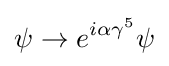
\psi \rightarrow e^{i\alpha \gamma ^{5}}\psi